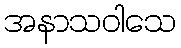
အနာသဝါသေ